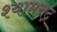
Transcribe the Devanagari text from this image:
श्यामचंद्र